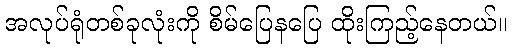
အလုပ်ရုံတစ်ခုလုံးကို စိမ်ပြေနပြေ ထိုးကြည့်နေတယ်။